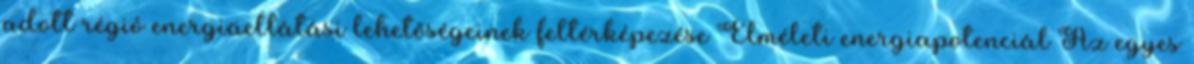
adott régió energiaellátási lehetőségeinek feltérképezése Elméleti energiapotenciál Az egyes